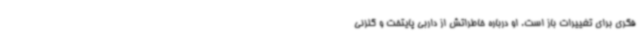
فکری برای تغییرات باز است. او درباره خاطراتش از داربی پایتخت و گلزنی